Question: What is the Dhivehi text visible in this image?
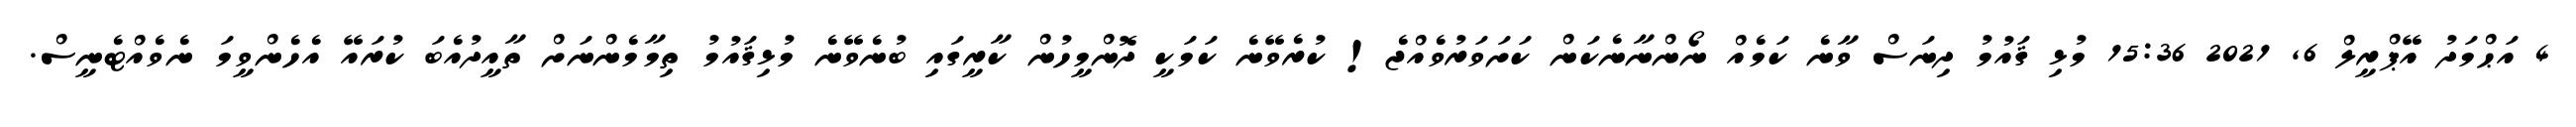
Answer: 4 އަޙްމަދު އޭޕްރީލް 6, 2021 15:36 މުޅި ޤައުމު ދިނަސް ވާނެ ކަމެއް ނޯންނާނެކަން ކަށަވަރުވެއްޖެ! ކުރެވޭނެ ކަމަކީ ދޮންމީހުން ކާރީގައި ބުނެވޭނެ މުޅިޤައުމު ތިމާމެންނަށް ތާއީދުއެބަ ކުރައޭ އެހެންވީމަ ނެވެއްޓެނީސް.